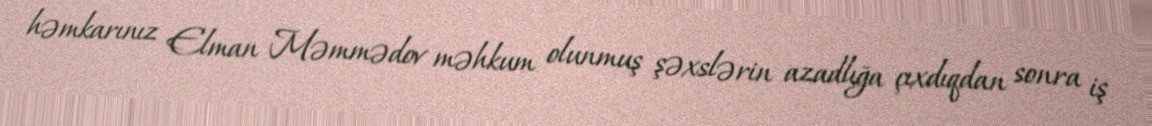
həmkarınız Elman Məmmədov məhkum olunmuş şəxslərin azadlığa çıxdıqdan sonra iş